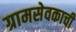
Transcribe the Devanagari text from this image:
ग्रामसेवकाची